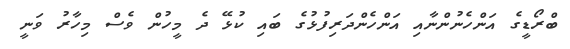
ބްރޯޑީގެ އަންހެނުންނާއި އަންހެންދަރިފުޅުގެ ބައި ކުޅޭ ދެ މީހުން ވެސް މިހާރު ވަނީ